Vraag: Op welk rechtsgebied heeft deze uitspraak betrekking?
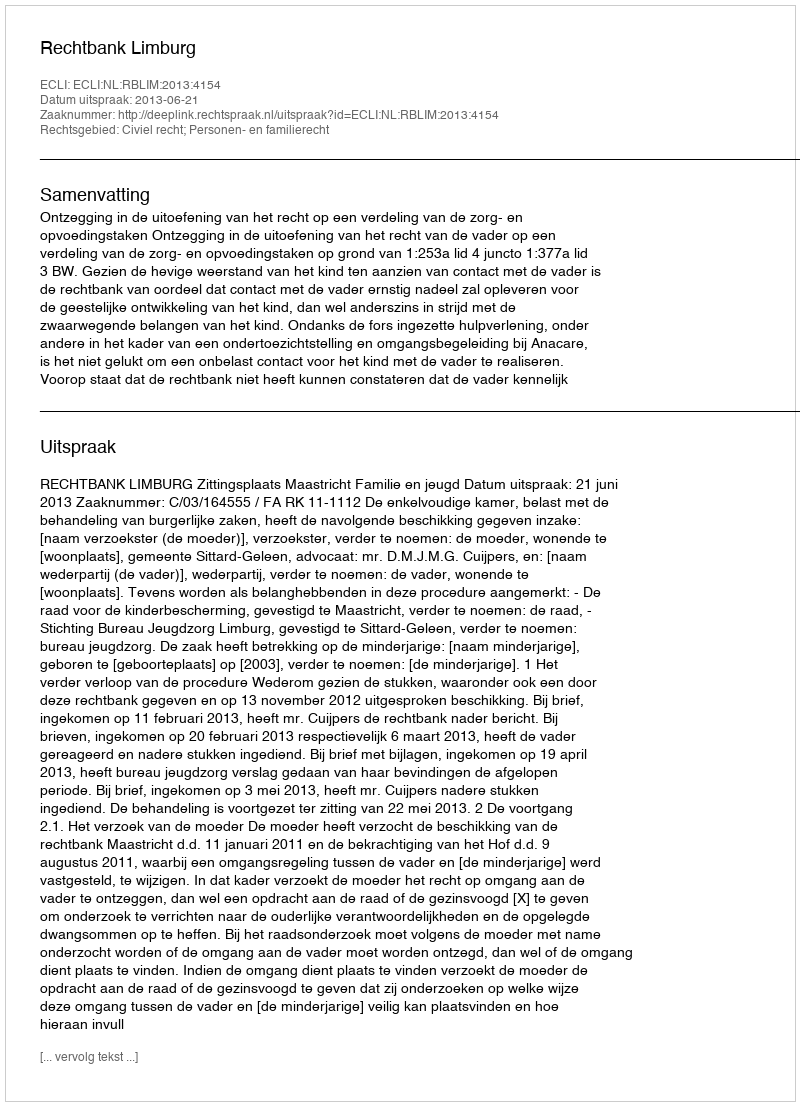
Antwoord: Civiel recht; Personen- en familierecht